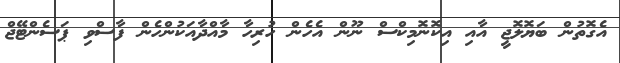
އެގޮތުން ބަޔޮލޮޖީ އާއި އިކޮނޮމިކްސް ނޫން އެހެން ހުރިހާ މާއްދާއަކުންހެން ފާސްވި ޕަސެންޓޭޖް